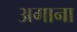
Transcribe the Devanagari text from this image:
अगाना